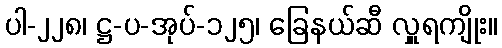
ပါ-၂၂၈၊ ဋ္ဌ-ပ-အုပ်-၁၂၅၊ ခြေနယ်ဆီ လှူရကျိုး။